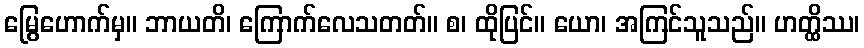
မြွေဟောက်မှ။ ဘာယတိ၊ ကြောက်လေသတတ်။ စ၊ ထိုပြင်။ ယော၊ အကြင်သူသည်။ ဟတ္ထိဿ၊